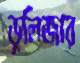
ডুলিজার